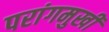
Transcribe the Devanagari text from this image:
परांगमुखी